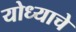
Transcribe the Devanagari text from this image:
योध्याचे